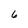
Character: 6